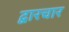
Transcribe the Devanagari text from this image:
द्वारचार